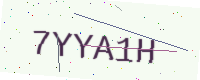
Text: 7YYA1H